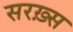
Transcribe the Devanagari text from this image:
सरख़्स